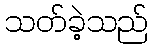
သတ်ခဲ့သည်